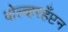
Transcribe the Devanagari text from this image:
वोल्व्हरहँप्टन